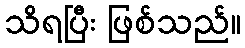
သိရပြီး ဖြစ်သည်။